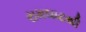
રામઘાટથી